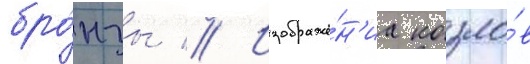
бро́нзы // Изображе́н'иа козло́в